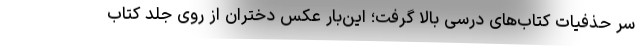
سر حذفیات کتاب‌های درسی بالا گرفت؛ این‌بار عکس دختران از روی جلد کتاب